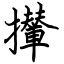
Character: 攆